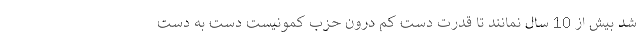
شد بیش از 10 سال نمانند تا قدرت دست کم درون حزب کمونیست دست به دست